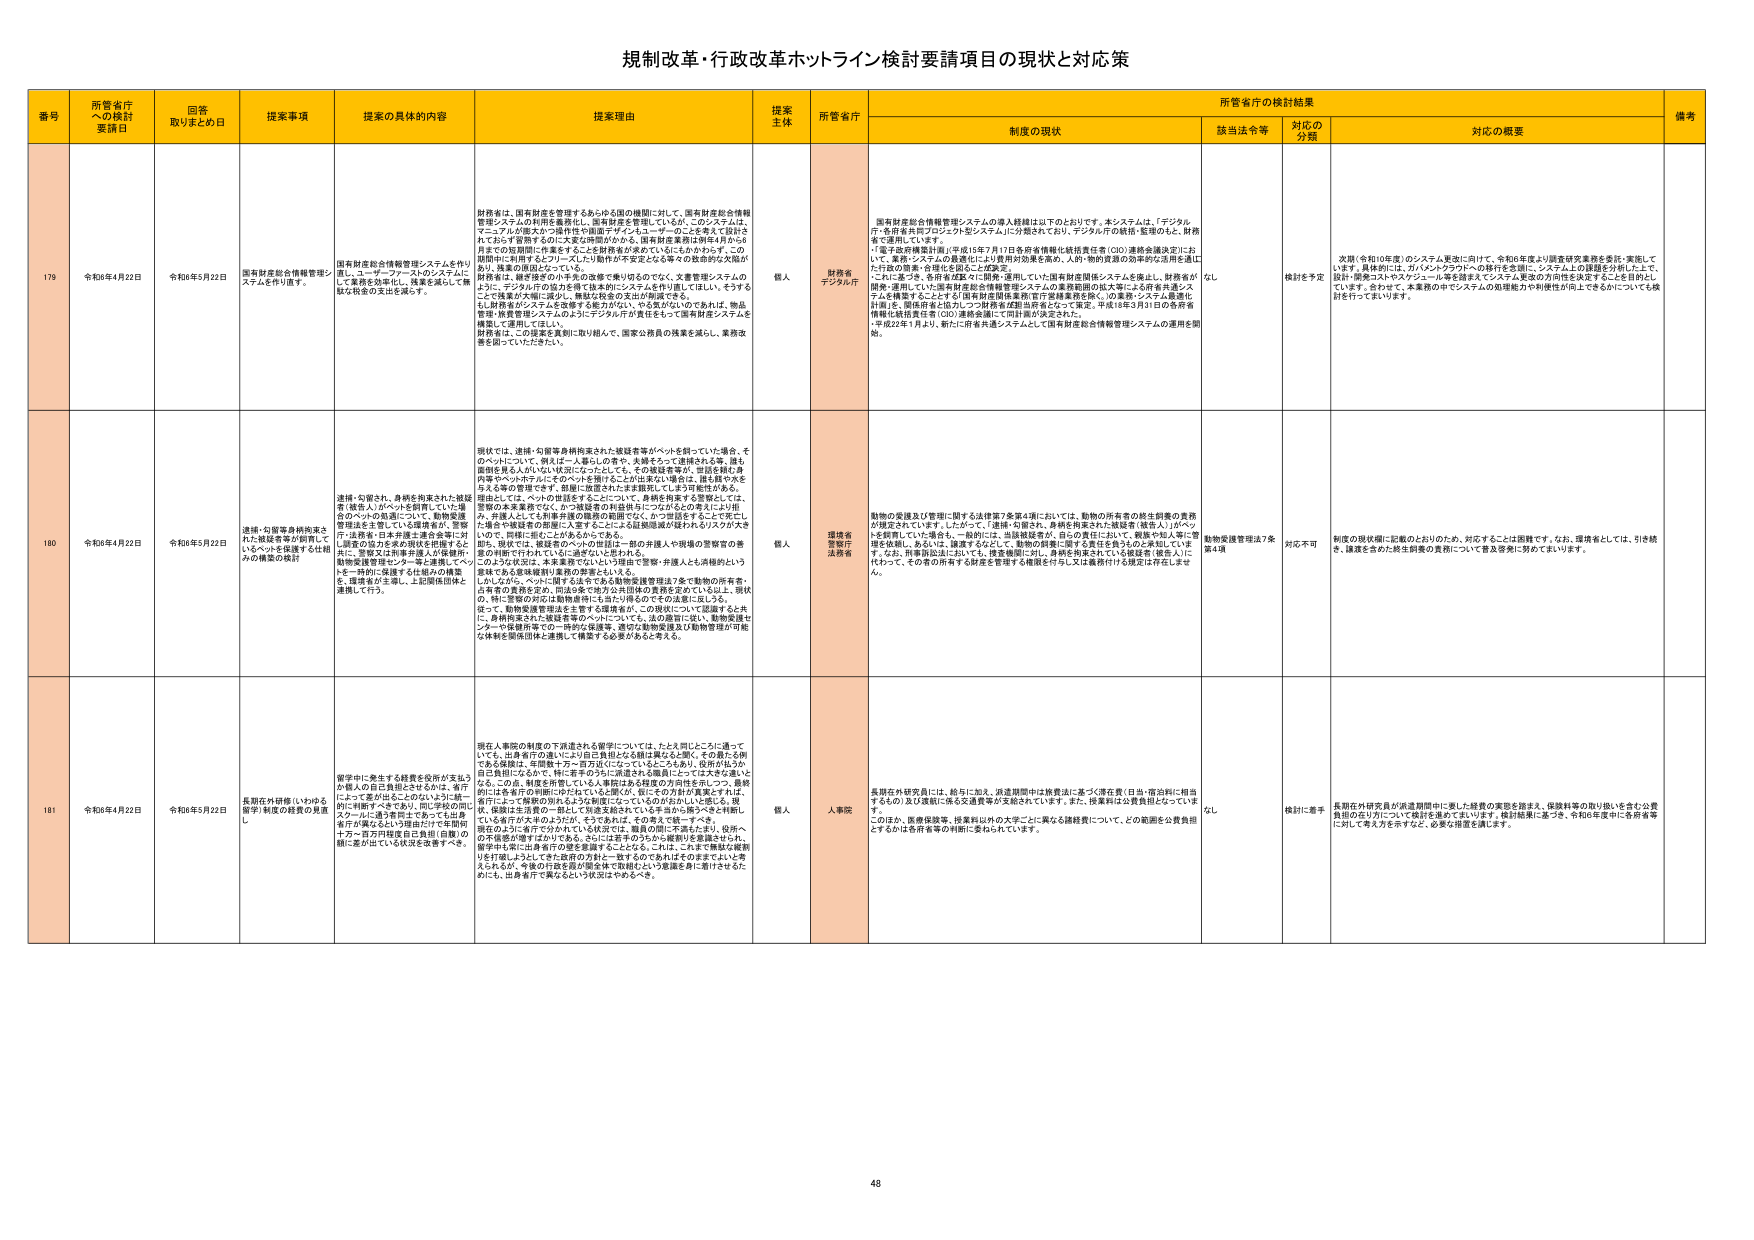
規制改革・行政改革ホットライン検討要請項目の現状と対応策

番号 所管省庁への検討要請日 回答取りまとめ日 提案事項 提案の具体的内容 提案理由 提案主体 所管省庁 所管省庁の検討結果 備考
制度の現状 該当法令等 対応の分類 対応の概要

179 令和6年4月22日 令和6年5月22日 国有財産総合情報管理システムを早日にシステム化申請します。 国有財産総合情報管理システムを早日に運用し、ユーザー・ファーストのシステムにして業務効率化し、基盤を減らして無駄な税金の支出を減らす。 財務省は、国有財産を管理するあらゆる国の機関に対して、国有財産総合情報管理システムの利用を義務化し、運用推進を実施しているが、このシステムは、マニュアルが国大つづ操作性や画面デザインもユーザーのことを考えて設計されておらず管理するのに大変な時間のかかる。国有財産業務は例年4月から6月までの短期間に大量に発生することを財務省が承知しているかわかりず、この期間中に利用するフリーズした行動が不安定となる等々の致命的な欠陥があり、残業の増加やシステムの不具合で業務が滞る。 財務省は、継ぎ接ぎの小手先の改修で乗り切るのではなく、文書管理システムのように、デジタル庁の協力を得て抜本的にシステムを作り直してほしい。そうすることで残業が大幅に減少し、無駄な税金の支出が削減できる。 もし財務省がシステム改修する能力がない、やる気がないのであれば、物品管理・財務管理システムのユニファイドシステムが存在するので国有財産システムを構築して運用してほしい。 財務省は、この提案を真剣に取り組んで、国家公務員の残業を減らし、業務改善を図っていただきたい。 個人 財務省 デジタル庁 国有財産総合情報管理システムの導入経緯は以下のとおりです。本システムは、「デジタル庁・各府省共同プロジェクト型システム」に分類されており、デジタル庁の統括・監理のもと、財務省で運用しています。 「電子政府構築計画」（平成15年7月17日各府省情報化統括責任者（COO）連絡会議決定）において、業務システムの最適化により費用対効果を高め、人的・物的資源の効率的な活用を通じた行政の質を、役割を分担した運営を。 これに基づき、各府省が既に開発・運用していた国有財産関係システムを廃止し、財務省が開発・運用していた国有財産総合情報管理システムの業務範囲の拡大等による所有共通システムを構築することとする「国有財産関係業務IT管理業務を除く」の業務システム最適化計画」、関係府省と協力して「財務省成部当局等を交えて策定。平成18年3月1日の各府省情報化統括責任者（COO）連絡会議にて同意が決定された。 ・平成22年1月より、新たに府省共通システムとして国有財産総合情報管理システムの運用を開始。 なし 検討を予定 次期（令和10年度）のシステム更改に向けて、令和6年度より調査研究業務を委託・実施しています。具体的には、ガバメントクラウドへの移行を念頭に、システム上の課題を分析した上で、設計・開発コストやスケジュール等を踏まえシステム更改の方向性を決定することを目的としています。合わせて、本業務の中でシステムの処理能力や利便性が向上できるかについても検討を行ってまいります。

180 令和6年4月22日 令和6年5月22日 連携・勾留等身柄拘束された被疑者等が短期間でいるへんを保護する仕組みの構築の検討 連携・勾留され、身柄を拘束された被疑者（被告人）がへんを訪問していた場合のへんの処遇について、動物愛護管理法を主眼にした連携会社、警察庁・法務省・日本弁護士連合会等に対し、調整又は指導を導入が保護時に動物愛護管理センター等と連携してへんを一時的に保護する仕組みの構築を、環境省が主導し、上記関係団体と連携して行う。 現状では、連携・勾留等身柄拘束された被疑者等がへんを飼っていた場合、そのへんについて、例えば一人暮らしの者や、夫婦となって連続される等、誰も面倒を見る人がいない状況になったとしても、その被疑者等が、回送を除く身内等やへんの世話をするのでへんを預けることが出来ない場合は、誰も飼や水を与える等の管理できず、問題に発展されたまま放置してしまう可能性がある。 用途として、へんの世話をすることについて、身柄を拘束する警察としては、警察の本来業務ではなく、かつ被疑者の利益を損なうことがないように、また、弁護人として弁護手続の障害の範囲でなく、かつ世話をすることが可能とし、また、問題に至った場合に、動物愛護管理法や動物愛護管理法の規定に従って、動物愛護管理法を主眼とする環境省が、この現状について認識すると共に、身柄拘束された被疑者等のへんについて、法の遵守に従い、動物愛護センターや保護所等での一時的な保護等、適切な動物愛護及び動物管理が可能な体制を関係団体と連携して構築する必要があると考える。 個人 環境省 警察庁 法務省 動物の保護及び管理に関する法律第7条第4項においては、動物の所有者の終生飼養の責務が規定されています。したがって、「連携・勾留され、身柄を拘束された被疑者（被告人）」がへんを飼育していた場合も、一般的には、当該被疑者が、自らの責任において、親族や知人等に管理を依頼し、あるいは、譲渡するなどして、動物の飼養に関する責任を負うものと承知しています。なお、刑事訴訟法においても、捜査機関に対し、身柄を拘束されている被疑者（被告人）に代わって、その者の所有する財産を管理する権限を行うことは義務付けける規定は存在しません。 動物愛護管理法7条第4項 対応不可 制度の現状欄に記載のとおりのため、対応することは困難です。なお、環境省としては、引き続き、譲渡を含めた終生飼養の責務について普及啓発に努めてまいります。

181 令和6年4月22日 令和6年5月22日 長期在外研修（いわゆる留学）制度の経費の負担し 留学中に発生する経費を政府が支払うか個人の自己負担とされるかは、省庁によって差があることのないように統一的に判断すべきであり、同一学長の国立大学に通う学生であっても出身省庁が異なるという理由だけで年間数十万～百万円程度自己負担（自費）の額に差が出ている状況を改善すべき。 現在人事院の制度の下派遣される留学については、たとえ同じところに通っても、出身省庁の違いにより自己負担となる額は異なると聞く。その最も6例（ある試算は、年間数十万～百万円にのぼるとされる）とされ、政府がおかざる負担になるので、特に若手のうちに派遣される職員にとっては大きな違いとなる。この点、制度を所管している人事院はある程度の方向性を示しつつ、最終的には各省庁の判断にゆだねていると聞くが、何らその方針が整理されず、省庁によって解釈の別れるような制度になっているのがおかしいと感じる。現に、本院は生徒の負担を減らすために、留学制度を整備しているが、これに伴い、いろいろな省庁がそのように、それぞれが、その考えで統一すべき。 現在のところ省庁で分かれている状況では、職員の間に不満もたまり、役所への不信感が増すばかりである。さらにまずのうちから権限が委譲されれば、省庁中（案）に出身省庁の壁を意識することとなる。これは、これまで機械と縦割りを打破しようとしてきた政府の方針と一転するのであればそのままでよいと考えられるが、今後の行政を図が関全体で取組むという意識を身に着けさせるためにも、出身省庁で異なるという状況はやめるべき。 個人 人事院 長期在外研修員には、給与に加え、派遣期間中は旅費法に基づく滞在費（日当・宿泊料に相当するもの）及び渡航に係る交通費等が支給されています。また、授業料は公費負担となっています。 このほか、医療保険等、授業料以外の大学ごとに異なる諸経費について、どの範囲を公費負担とするかは各府省等の判断に委ねられています。 なし 検討に着手 長期在外研修員が派遣期間中に要した経費の実態を踏まえ、保険料等の取り扱いを含む公費負担の在り方について検討を進めてまいります。検討結果に基づき、令和6年度中に各府省等に対して考え方を示すなど、必要な措置を講じます。

48